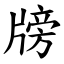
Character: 牓